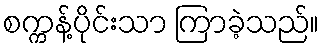
စက္ကန့်ပိုင်းသာ ကြာခဲ့သည်။